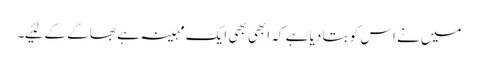
میں نے اس کو بتا دیا ہے کہ ابھی بھی ایک مہینہ ہے بھاگے کے لئیے۔